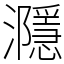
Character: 㶏